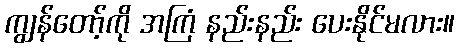
ကျွန်တော့်ကို အကြံ နည်းနည်း ပေးနိုင်မလား။